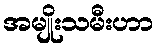
အမျိုးသမီးဟာ